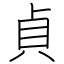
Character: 貞